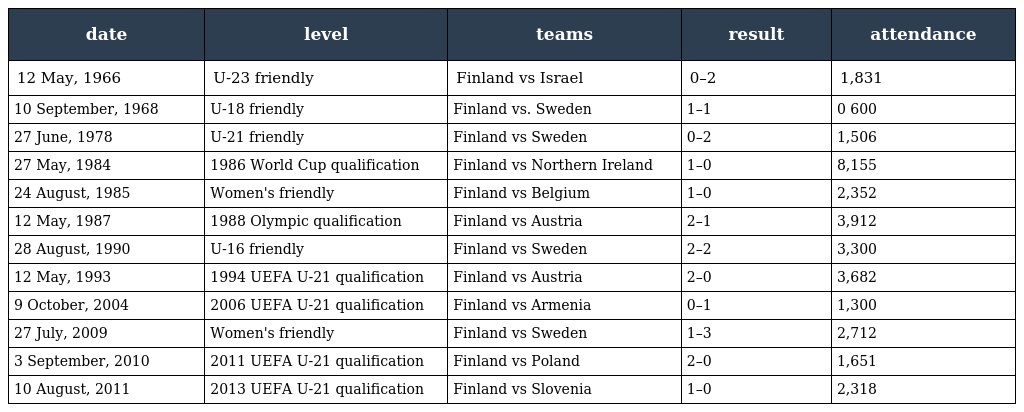
| date | level | teams | result | attendance |
 | --- | --- | --- | --- | --- |
 | 12 May, 1966 | U-23 friendly | Finland vs Israel | 0–2 | 1,831 |
 | 10 September, 1968 | U-18 friendly | Finland vs. Sweden | 1–1 | 0 600 |
 | 27 June, 1978 | U-21 friendly | Finland vs Sweden | 0–2 | 1,506 |
 | 27 May, 1984 | 1986 World Cup qualification | Finland vs Northern Ireland | 1–0 | 8,155 |
 | 24 August, 1985 | Women's friendly | Finland vs Belgium | 1–0 | 2,352 |
 | 12 May, 1987 | 1988 Olympic qualification | Finland vs Austria | 2–1 | 3,912 |
 | 28 August, 1990 | U-16 friendly | Finland vs Sweden | 2–2 | 3,300 |
 | 12 May, 1993 | 1994 UEFA U-21 qualification | Finland vs Austria | 2–0 | 3,682 |
 | 9 October, 2004 | 2006 UEFA U-21 qualification | Finland vs Armenia | 0–1 | 1,300 |
 | 27 July, 2009 | Women's friendly | Finland vs Sweden | 1–3 | 2,712 |
 | 3 September, 2010 | 2011 UEFA U-21 qualification | Finland vs Poland | 2–0 | 1,651 |
 | 10 August, 2011 | 2013 UEFA U-21 qualification | Finland vs Slovenia | 1–0 | 2,318 |